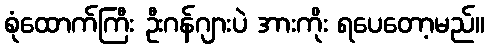
စုံထောက်ကြီး ဦးဂန်ဂျားပဲ အားကိုး ရပေတော့မည်။